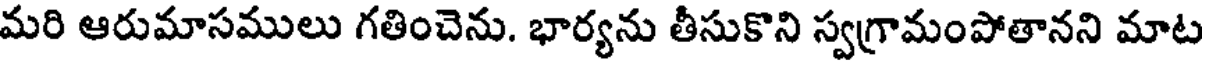
మరి ఆరుమాసములు గతించెను. భార్యను తీసుకొని స్వగ్రామంపోతానని మాట